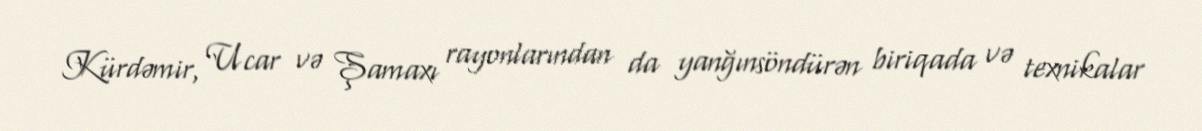
Kürdəmir, Ucar və Şamaxı rayonlarından da yanğınsöndürən biriqada və texnikalar